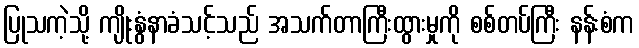
ပြုသကဲ့သို့ ကျိုးနွံနာခံသင့်သည် အသက်တာကြီးထွားမှုကို စစ်တပ်ကြီး နန်းစံက